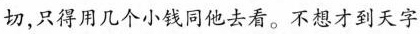
切，只得用几个小钱同他去看。不想才到天字